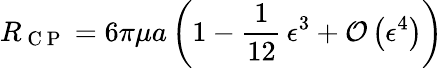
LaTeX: R_{\mathrm{~C~P~}}=6\pi\mu a\left(1-\frac{1}{12}\, \epsilon^{3}+\mathcal{O}\left(\epsilon^{4}\right)\right)